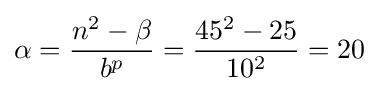
\alpha ={\frac {n^{2}-\beta }{b^{p}}}={\frac {45^{2}-25}{10^{2}}}=20